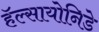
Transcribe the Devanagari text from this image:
हॅल्सायोनिडे